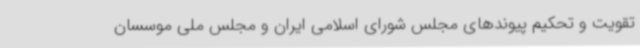
تقویت و تحکیم پیوندهای مجلس شورای اسلامی ایران و مجلس ملی موسسان